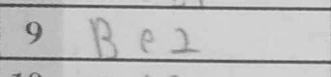
Transcription: Be2